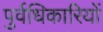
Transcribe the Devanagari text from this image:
पुर्वधिकारियों